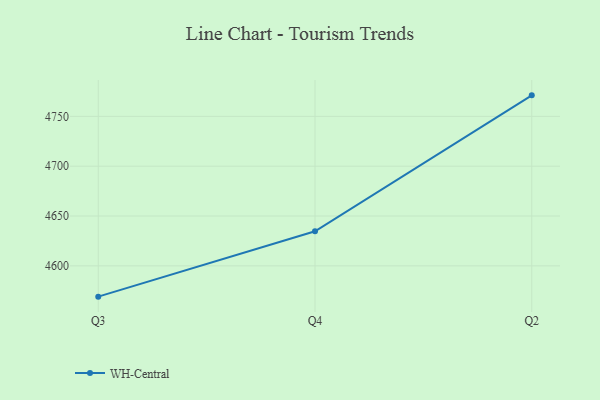
{"axis": {"x": "Quarter", "y": "Latency (ms)"}, "legend": ["WH-Central"], "data": [{"x": "Q3", "y": 4569.1, "type": "WH-Central"}, {"x": "Q4", "y": 4634.7, "type": "WH-Central"}, {"x": "Q2", "y": 4771.1, "type": "WH-Central"}]}